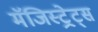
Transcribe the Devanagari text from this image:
मॅजिस्ट्रेट्स